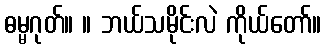
ဓမ္မဂုတ်။ ။ ဘယ်သမိုင်းလဲ ကိုယ်တော်။